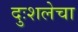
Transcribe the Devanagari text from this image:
दुःशलेचा